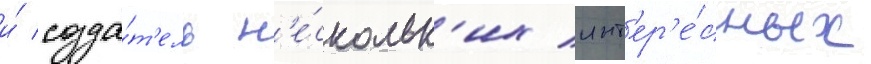
и́ созда́т'ель н'е́скольк'их инт'ер'е́сных